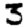
Digit: 3